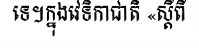
ទេ។ក្នុងវេទិកាជាតិ «ស្តីពី